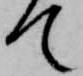
て